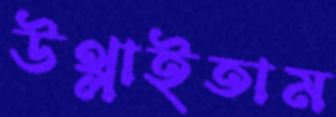
উথ্‌লাইতাম